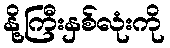
နို့ကြီးနှစ်လုံးကို